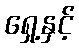
ရှေ့နှင့်